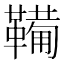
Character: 𫖉